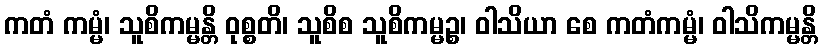
ကတံ ကမ္မံ၊ သူစိကမ္မန္တိ ဝုစ္စတိ၊ သူစိစ သူစိကမ္မဉ္စ၊ ဝါသိယာ စေ ကတံကမ္မံ၊ ဝါသိကမ္မန္တိ